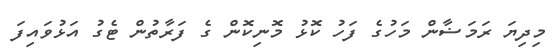
މިދިޔަ ރަމަޟާން މަހުގެ ފަހު ކޮޅު މޮނިކޮން ގެ ފަރާތުން ޓެގު އަޅުވައިފަ